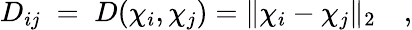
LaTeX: D_{ij}\; =\; D({\mathbf\chi}_{i},{\mathbf\chi}_{j})=\| {\mathbf\chi}_{i}-{\mathbf\chi}_{j}\| _{2}\quad,